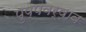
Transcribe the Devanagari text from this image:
पुष्पवर्षाव